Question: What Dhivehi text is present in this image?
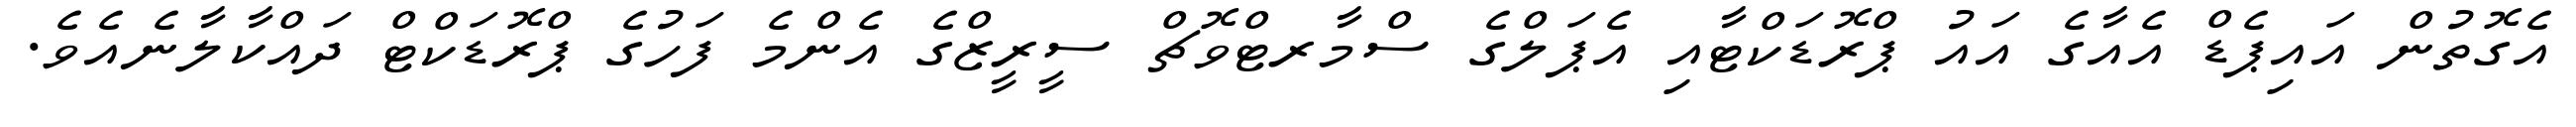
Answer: އެގޮތުން އައިޕެޑް އެއާގެ އައު ޕްރޮޑަކްޓާއި އެޕަލްގެ ސްމާރޓްވޮޗް ސީރީޒްގެ އެންމެ ފަހުގެ ޕްރޮޑަކްޓް ދައްކާލާނެއެވެ.